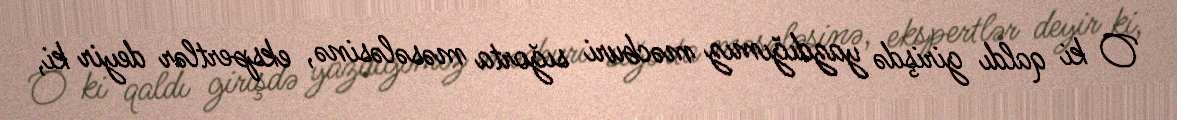
O ki qaldı girişdə yazdığımız məcburi sığorta məsələsinə, ekspertlər deyir ki,